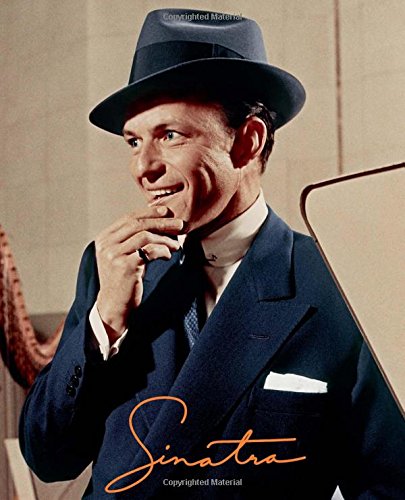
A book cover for Sinatra; Arts & Photography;